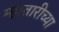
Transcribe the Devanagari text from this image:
म्हातारीच्या